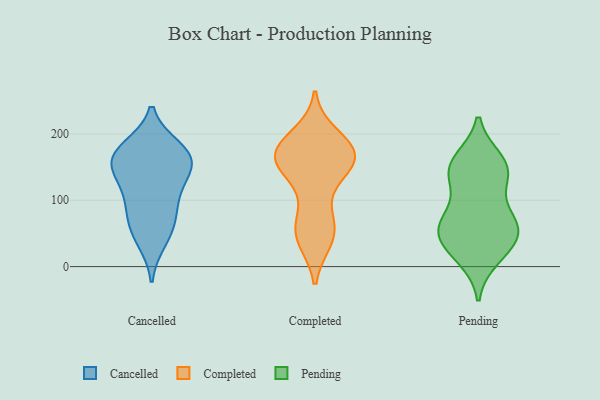
{"axis": {"x": "Revenue (USD Million)", "y": "Value"}, "legend": ["Cancelled", "Completed", "Pending"], "data": [{"x": "", "y": 164, "type": "Cancelled"}, {"x": "", "y": 117, "type": "Cancelled"}, {"x": "", "y": 145, "type": "Cancelled"}, {"x": "", "y": 75, "type": "Cancelled"}, {"x": "", "y": 153, "type": "Cancelled"}, {"x": "", "y": 179, "type": "Cancelled"}, {"x": "", "y": 174, "type": "Cancelled"}, {"x": "", "y": 52, "type": "Cancelled"}, {"x": "", "y": 151, "type": "Cancelled"}, {"x": "", "y": 109, "type": "Cancelled"}, {"x": "", "y": 81, "type": "Cancelled"}, {"x": "", "y": 39, "type": "Cancelled"}, {"x": "", "y": 172, "type": "Cancelled"}, {"x": "", "y": 155, "type": "Completed"}, {"x": "", "y": 47, "type": "Completed"}, {"x": "", "y": 196, "type": "Completed"}, {"x": "", "y": 177, "type": "Completed"}, {"x": "", "y": 166, "type": "Completed"}, {"x": "", "y": 154, "type": "Completed"}, {"x": "", "y": 167, "type": "Completed"}, {"x": "", "y": 154, "type": "Completed"}, {"x": "", "y": 178, "type": "Completed"}, {"x": "", "y": 63, "type": "Completed"}, {"x": "", "y": 171, "type": "Completed"}, {"x": "", "y": 42, "type": "Completed"}, {"x": "", "y": 130, "type": "Completed"}, {"x": "", "y": 46, "type": "Completed"}, {"x": "", "y": 177, "type": "Completed"}, {"x": "", "y": 73, "type": "Completed"}, {"x": "", "y": 32, "type": "Pending"}, {"x": "", "y": 71, "type": "Pending"}, {"x": "", "y": 66, "type": "Pending"}, {"x": "", "y": 139, "type": "Pending"}, {"x": "", "y": 136, "type": "Pending"}, {"x": "", "y": 31, "type": "Pending"}, {"x": "", "y": 152, "type": "Pending"}, {"x": "", "y": 146, "type": "Pending"}, {"x": "", "y": 58, "type": "Pending"}, {"x": "", "y": 70, "type": "Pending"}, {"x": "", "y": 15, "type": "Pending"}, {"x": "", "y": 159, "type": "Pending"}, {"x": "", "y": 51, "type": "Pending"}]}